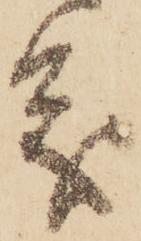
義